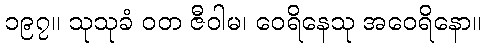
၁၉၇။ သုသုခံ ဝတ ဇီဝါမ၊ ဝေရိနေသု အဝေရိနော။